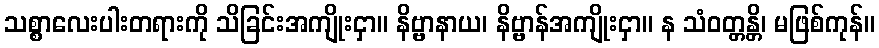
သစ္စာလေးပါးတရားကို သိခြင်းအကျိုးငှာ။ နိဗ္ဗာနာယ၊ နိဗ္ဗာန်အကျိုးငှာ။ န သံဝတ္တန္တိ၊ မဖြစ်ကုန်။